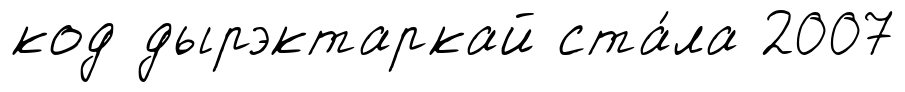
код дырэктаркай ста́ла 2007